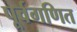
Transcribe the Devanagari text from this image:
पूर्वगणित